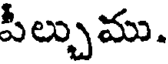
పీల్చుము.